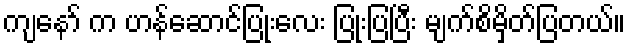
ကျနော် က ဟန်ဆောင်ပြုံးလေး ပြုံးပြပြီး မျက်စိမှိတ်ပြတယ်။